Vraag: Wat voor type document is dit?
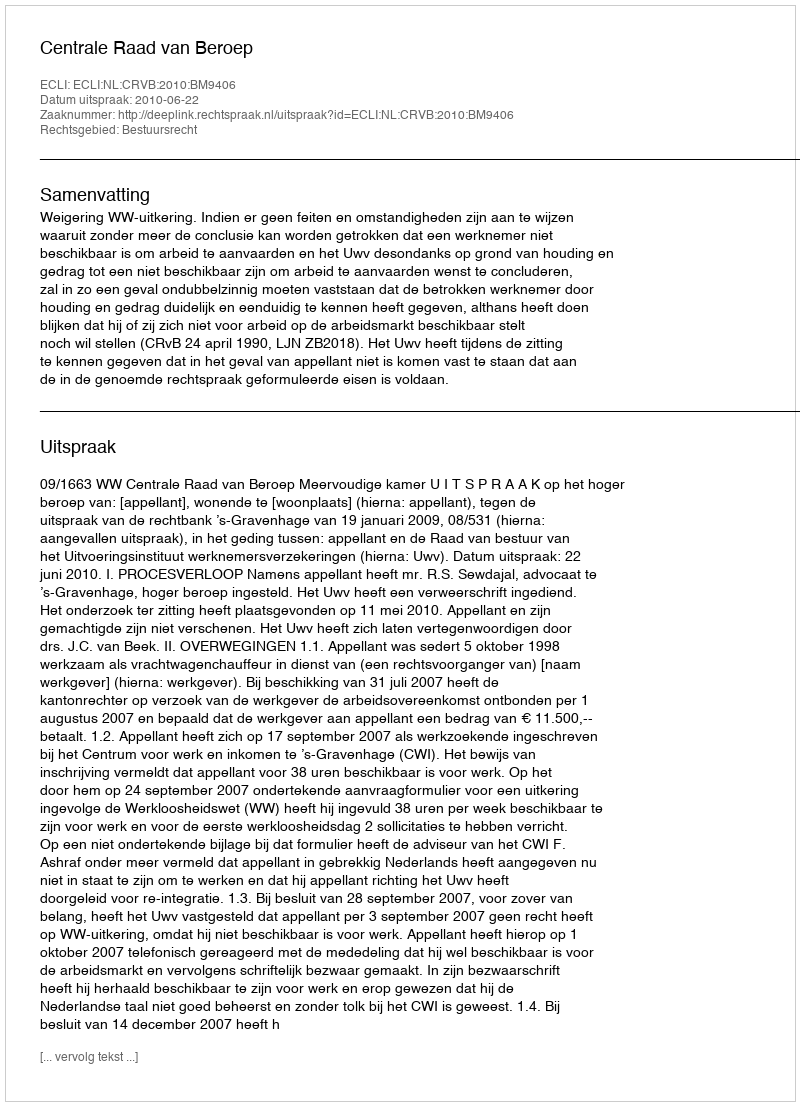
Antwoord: Uitspraak